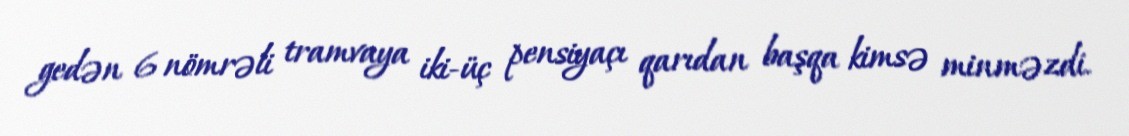
gedən 6 nömrəli tramvaya iki-üç pensiyaçı qarıdan başqa kimsə minməzdi.